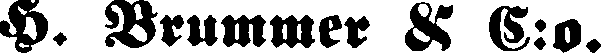
H. Brummer & C:o.